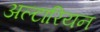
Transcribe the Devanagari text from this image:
अल्टारियन